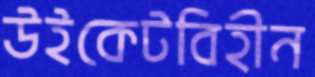
উইকেটবিহীন